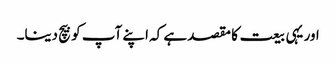
اور یہی بیعت کا مقصد ہے کہ اپنے آپ کو بیچ دینا۔